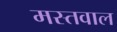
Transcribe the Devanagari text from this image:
मस्तवाल